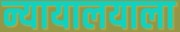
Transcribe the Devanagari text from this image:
न्यायालयाला